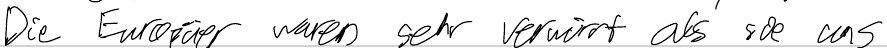
Die Europäer waren sehr verwirrt als sie uns